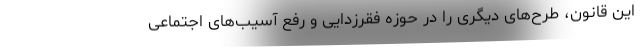
این قانون، طرح‌های دیگری را در حوزه فقرزدایی و رفع آسیب‌های اجتماعی